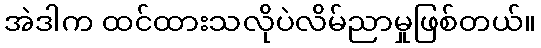
အဲဒါက ထင်ထားသလိုပဲလိမ်ညာမှုဖြစ်တယ်။